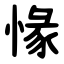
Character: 㥟